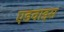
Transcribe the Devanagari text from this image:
एडवाइस